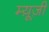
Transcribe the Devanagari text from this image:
म्यू़ज़ी